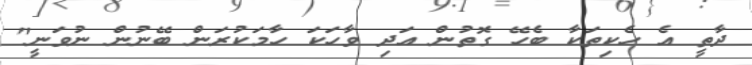
ދާތީ އެ ހެކިތަކާ ބެހޭ ގޮތުން އަދި ވާހަކަ ހާމަކުރަން ބޭނުން ނުވަނީ"